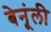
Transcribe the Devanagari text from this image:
बेनूंली